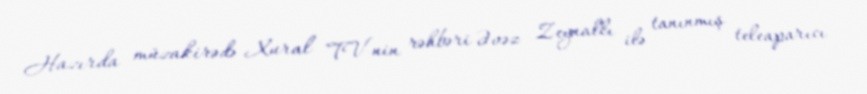
Hazırda müzakirədə Xural TV-nin rəhbəri Əvəz Zeynallı ilə tanınmış teleaparıcı